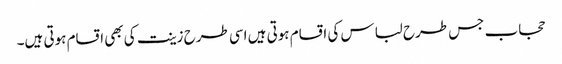
حجاب جس طرح لباس کی اقسام ہوتی ہیں اسی طرح زینت کی بھی اقسام ہوتی ہیں۔